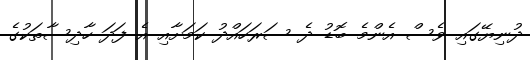
ދުނިޔޭގައި ވެސް އެންމެ ބޮޑު ދެ ސަރަހައްދު ކަމަށާއި އެ ފަދަ ހާދިސާތަކުގެ